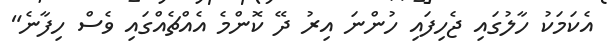
އެކަމަކު ހާލުގައި ޖެހިފައި ހުންނަ އިރު ދޭ ކޮންމެ އެއްޗެއްގައި ވެސް ހިފާނެ"